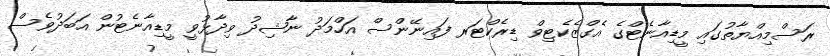
ރަސްމިއްޔާތުގައި މީޑިއާނެޓްގެ އެގްޒެކެޓިވް ޑިރެކްޓަރ ފައިނޭންސް އަހްމަދު ނާޝިދު ވިދާޅުވީ މީޑިއާނެޓުން އަބަދުވެސް